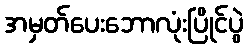
အမှတ်ပေးဘောလုံးပြိုင်ပွဲ